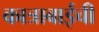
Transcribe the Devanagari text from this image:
कात्राबाईची